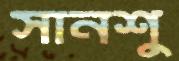
সানশু